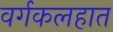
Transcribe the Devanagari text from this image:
वर्गकलहात